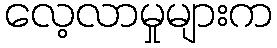
လေ့လာမှုများက